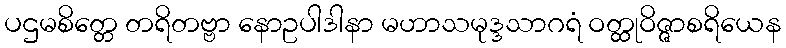
ပဌမစိတ္တေ တရိတဗ္ဗာ နောဥပါဒါနာ မဟာသမုဒ္ဒသာဂရံ ဝတ္ထုဝိဇ္ဇာစရိယေန